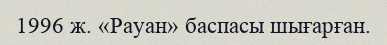
1996 ж. «Рауан» баспасы шығарған.